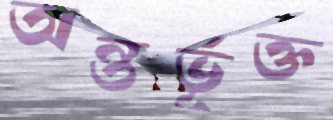
অন্তর্ভূক্ত